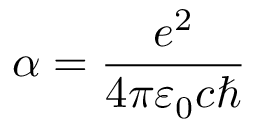
\alpha = \frac { e ^ { 2 } } { 4 \pi \varepsilon _ { 0 } c \hbar }